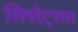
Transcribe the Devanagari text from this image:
सिगरेट्सस